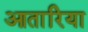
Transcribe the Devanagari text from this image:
आतारिया